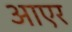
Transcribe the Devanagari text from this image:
आएर